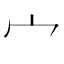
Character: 宀